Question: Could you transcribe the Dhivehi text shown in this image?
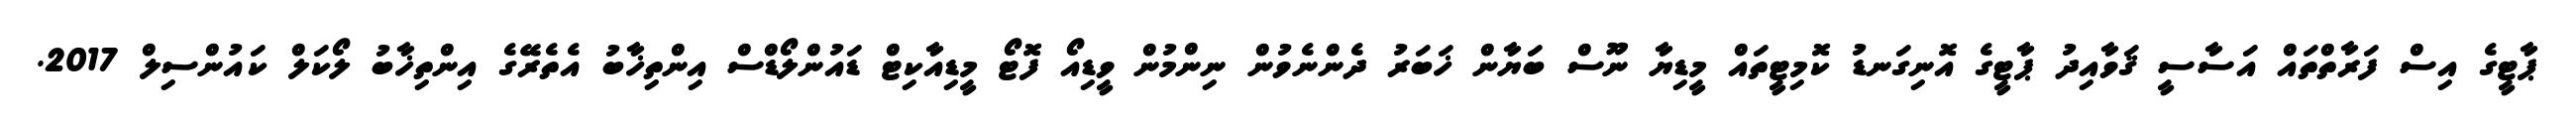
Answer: ޕާޓީގެ އިސް ފަރާތްތައް އަސާސީ ޤަވާއިދު ޕާޓީގެ އޮނިގަނޑު ކޮމިޓީތައް މީޑިޔާ ނޫސް ބަޔާން ޚަބަރު ދެންނެވުން ނިންމުން ވީޑިއޯ ފޮޓޯ މީޑިއާކިޓް ޑައުންލޯޑްސް އިންތިޚާބު އެތެރޭގެ އިންތިޚާބު ލޯކަލް ކައުންސިލް 2017.